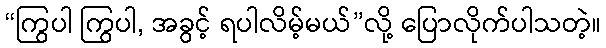
“ကြွပါ ကြွပါ, အခွင့် ရပါလိမ့်မယ်”လို့ ပြောလိုက်ပါသတဲ့။